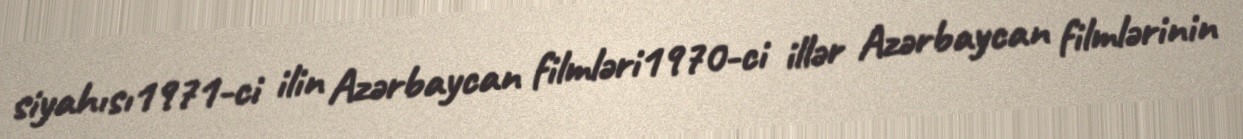
siyahısı1971-ci ilin Azərbaycan filmləri1970-ci illər Azərbaycan filmlərinin